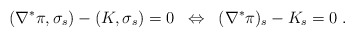
\begin{align*} (\nabla^\ast\pi,\sigma_s) - (K,\sigma_s) = 0 \;\;\Leftrightarrow\;\; (\nabla^\ast\pi)_s - K_s = 0 \;.\end{align*}